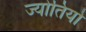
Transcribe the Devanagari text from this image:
ज्योतियो